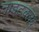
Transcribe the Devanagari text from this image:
नाइटक्लब्